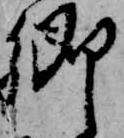
郷